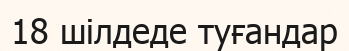
18 шілдеде туғандар